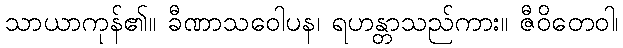
သာယာကုန်၏။ ခီဏာသဝေါပန၊ ရဟန္တာသည်ကား။ ဇီဝိတေဝါ၊